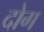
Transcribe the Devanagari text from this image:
दोग